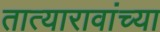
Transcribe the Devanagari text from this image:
तात्यारावांच्या